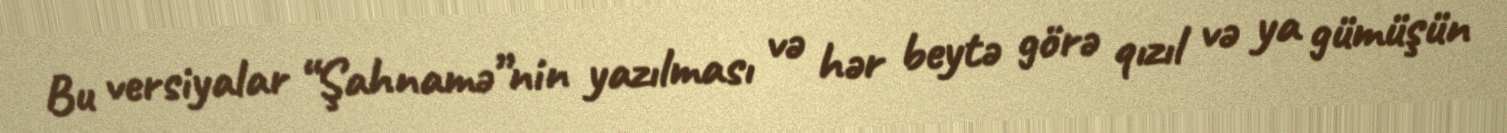
Bu versiyalar “Şahnamə”nin yazılması və hər beytə görə qızıl və ya gümüşün